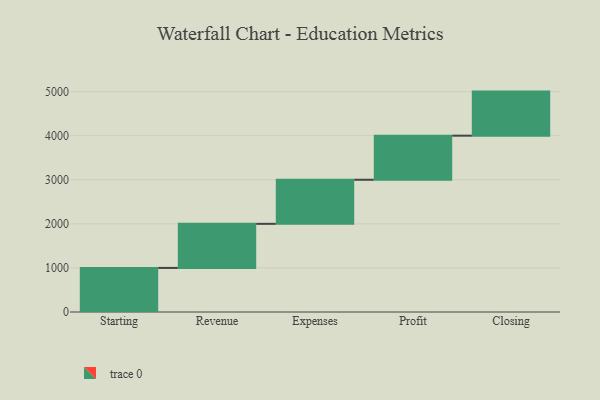
{"axis": {"x": "Step", "y": "Value"}, "legend": [""], "data": [{"x": "Starting", "y": 1000, "type": ""}, {"x": "Revenue", "y": 1000, "type": ""}, {"x": "Expenses", "y": 1000, "type": ""}, {"x": "Profit", "y": 1000, "type": ""}, {"x": "Closing", "y": 1000, "type": ""}]}